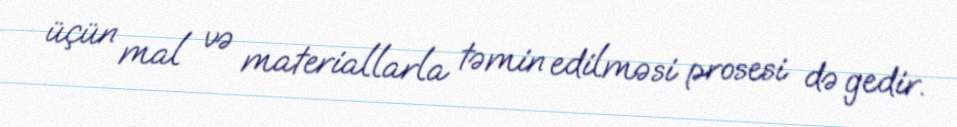
üçün mal və materiallarla təmin edilməsi prosesi də gedir.